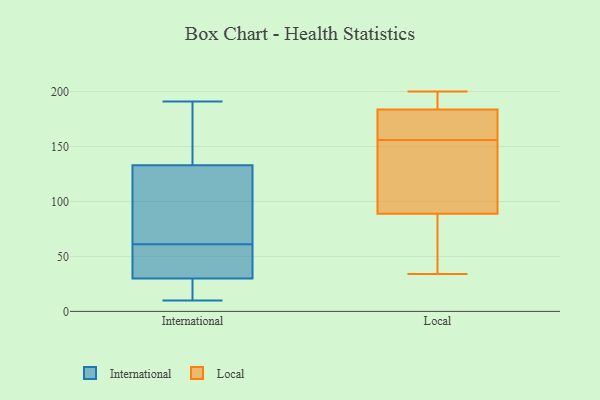
{"axis": {"x": "Churn Rate (%)", "y": "Value"}, "legend": ["International", "Local"], "data": [{"x": "", "y": 191, "type": "International"}, {"x": "", "y": 189, "type": "International"}, {"x": "", "y": 44, "type": "International"}, {"x": "", "y": 11, "type": "International"}, {"x": "", "y": 10, "type": "International"}, {"x": "", "y": 40, "type": "International"}, {"x": "", "y": 65, "type": "International"}, {"x": "", "y": 117, "type": "International"}, {"x": "", "y": 26, "type": "International"}, {"x": "", "y": 189, "type": "International"}, {"x": "", "y": 89, "type": "International"}, {"x": "", "y": 10, "type": "International"}, {"x": "", "y": 133, "type": "International"}, {"x": "", "y": 36, "type": "International"}, {"x": "", "y": 62, "type": "International"}, {"x": "", "y": 30, "type": "International"}, {"x": "", "y": 60, "type": "International"}, {"x": "", "y": 161, "type": "International"}, {"x": "", "y": 161, "type": "Local"}, {"x": "", "y": 183, "type": "Local"}, {"x": "", "y": 200, "type": "Local"}, {"x": "", "y": 34, "type": "Local"}, {"x": "", "y": 195, "type": "Local"}, {"x": "", "y": 112, "type": "Local"}, {"x": "", "y": 156, "type": "Local"}, {"x": "", "y": 97, "type": "Local"}, {"x": "", "y": 101, "type": "Local"}, {"x": "", "y": 41, "type": "Local"}, {"x": "", "y": 186, "type": "Local"}, {"x": "", "y": 158, "type": "Local"}, {"x": "", "y": 64, "type": "Local"}]}